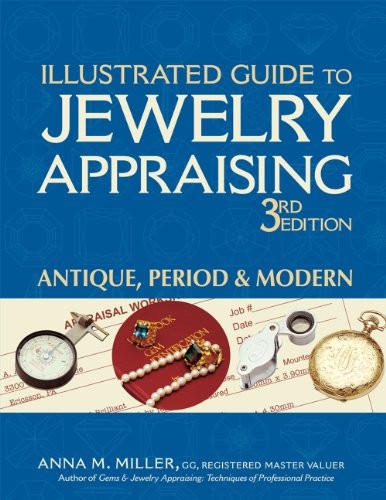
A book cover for Illustrated Guide to Jewelry Appraising, 3rd Edition: Antique, Period, and Modern; Anna M. Miller G.G.  RMV; Crafts, Hobbies & Home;